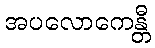
အပလောကေန္တီ